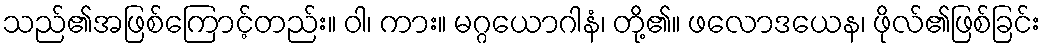
သည်၏အဖြစ်ကြောင့်တည်း။ ဝါ၊ ကား။ မဂ္ဂယောဂါနံ၊ တို့၏။ ဖလောဒယေန၊ ဖိုလ်၏ဖြစ်ခြင်း